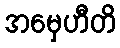
အမှေဟီတိ